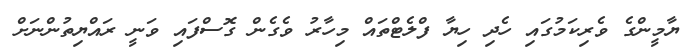
ޔާމީންގެ ވެރިކަމުގައި ހެދި ހިޔާ ފްލެޓްތައް މިހާރު ވެގެން ގޮސްފައި ވަނީ ރައްޔިތުންނަށް